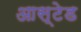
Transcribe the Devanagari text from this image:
आस्टेड